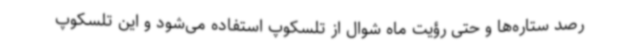
رصد ستاره‌ها و حتی رؤیت ماه شوال از تلسکوپ استفاده می‌شود و این تلسکوپ